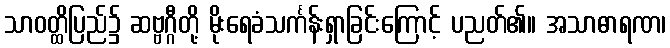
သာဝတ္ထိပြည်၌ ဆဗ္ဗဂ္ဂီတို့ မိုးရေခံသင်္ကန်းရှာခြင်းကြောင့် ပညတ်၏။ အသာဓာရဏ၊